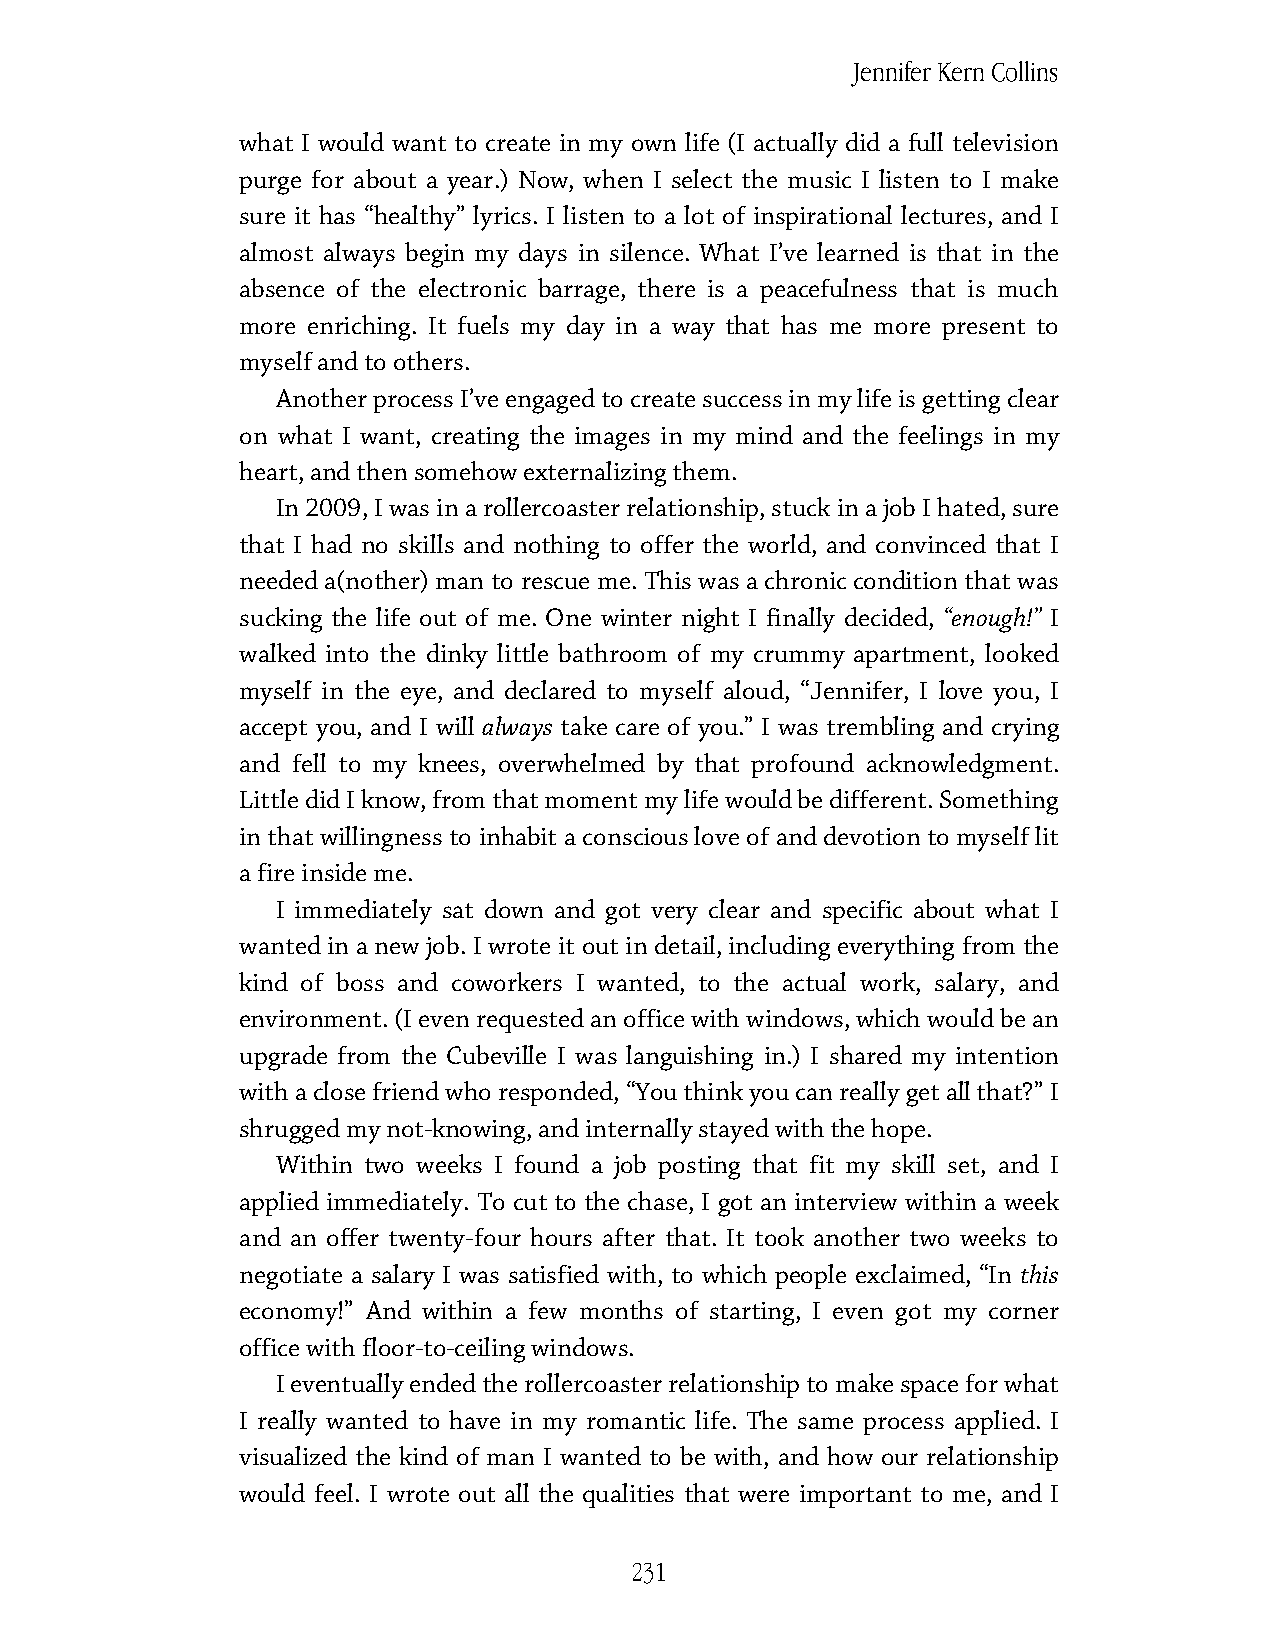
Jennifer Kern Collins
 what I would want to create in my own life (I actually did a full television
 purge for about a year.) Now, when I select the music I listen to I make
 sure it has “healthy” lyrics. I listen to a lot of inspirational lectures, and I
 almost always begin my days in silence. What I’ve learned is that in the
 absence of the electronic barrage, there is a peacefulness that is much
 more enriching. It fuels my day in a way that has me more present to
 myself and to others.
 Another process I’ve engaged to create success in my life is getting clear
 on what I want, creating the images in my mind and the feelings in my
 heart, and then somehow externalizing them.
 In 2009, I was in a rollercoaster relationship, stuck in a job I hated, sure
 that I had no skills and nothing to offer the world, and convinced that I
 needed a(nother) man to rescue me. This was a chronic condition that was
 sucking the life out of me. One winter night I finally decided, “enough!” I
 walked into the dinky little bathroom of my crummy apartment, looked
 myself in the eye, and declared to myself aloud, “Jennifer, I love you, I
 accept you, and I will always take care of you.” I was trembling and crying
 and fell to my knees, overwhelmed by that profound acknowledgment.
 Little did I know, from that moment my life would be different. Something
 in that willingness to inhabit a conscious love of and devotion to myself lit
 a fire inside me.
 I immediately sat down and got very clear and specific about what I
 wanted in a new job. I wrote it out in detail, including everything from the
 kind of boss and coworkers I wanted, to the actual work, salary, and
 environment. (I even requested an office with windows, which would be an
 upgrade from the Cubeville I was languishing in.) I shared my intention
 with a close friend who responded, “You think you can really get all that?” I
 shrugged my not-knowing, and internally stayed with the hope.
 Within two weeks I found a job posting that fit my skill set, and I
 applied immediately. To cut to the chase, I got an interview within a week
 and an offer twenty-four hours after that. It took another two weeks to
 negotiate a salary I was satisfied with, to which people exclaimed, “In this
 economy!” And within a few months of starting, I even got my corner
 office with floor-to-ceiling windows.
 I eventually ended the rollercoaster relationship to make space for what
 I really wanted to have in my romantic life. The same process applied. I
 visualized the kind of man I wanted to be with, and how our relationship
 would feel. I wrote out all the qualities that were important to me, and I
 231